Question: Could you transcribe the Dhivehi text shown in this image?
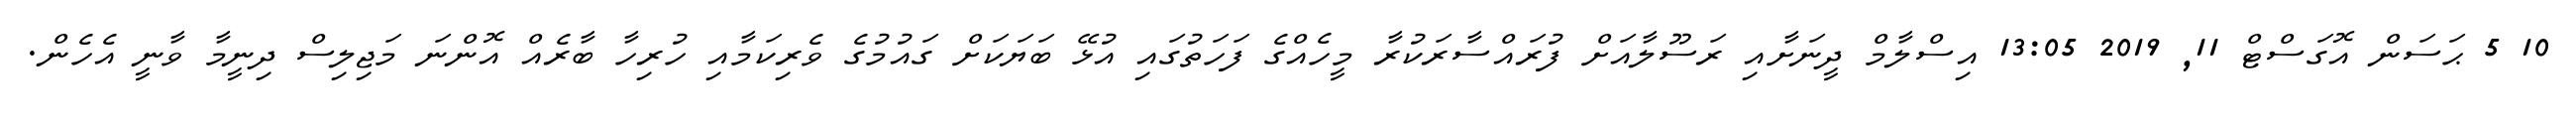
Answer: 10 5 ޙަސަން އޮގަސްޓް 11, 2019 13:05 އިސްލާމް ދީނަށާއި ރަސޫލާއަށް ފުރައްސާރަކުރާ މީހެއްގެ ފަހަތުގައި އުޅޭ ބަޔަކަށް ގައުމުގެ ވެރިކަމާއި ހުރިހާ ބާރެއް އޮންނަ މަޖިލިސް ދިނީމާ ވާނީ އެހެން.